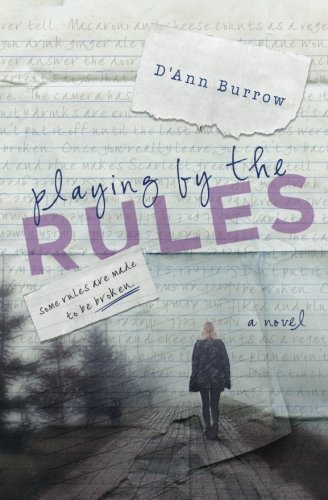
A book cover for Playing by the Rules (Secrets and Lies) (Volume 1); D'Ann Burrow; Teen & Young Adult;